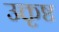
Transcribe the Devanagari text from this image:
उक्तृष्ट